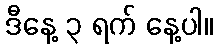
ဒီနေ့ ၃ ရက် နေ့ပါ။